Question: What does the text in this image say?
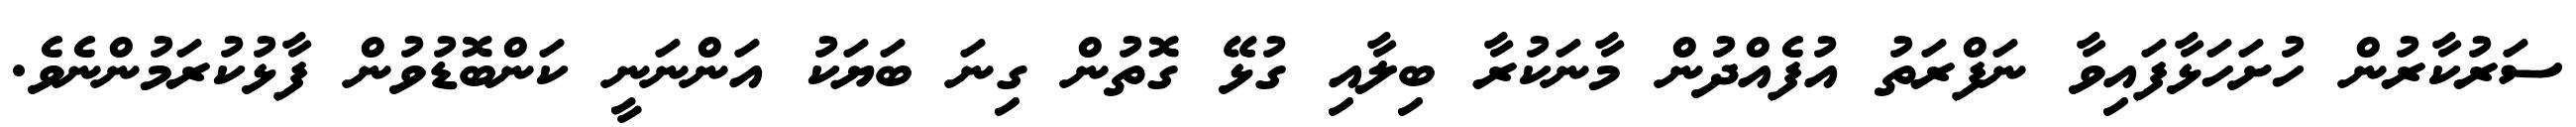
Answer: ސަރުކާރުން ހުށަހަޅާފައިވާ ނަފްރަތު އުފެއްދުން މާނަކުރާ ބިލާއި ގުޅޭ ގޮތުން ގިނަ ބަޔަކު އަންނަނީ ކަންބޮޑުވުން ފާޅުކުރަމުންނެވެ.